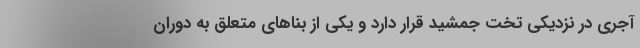
آجری در نزدیکی تخت‌ جمشید قرار دارد و یکی از بناهای متعلق به دوران